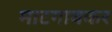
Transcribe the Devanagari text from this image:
माटगावकर